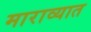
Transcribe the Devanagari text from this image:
माराव्यात